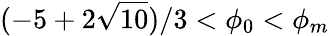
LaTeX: (-5+2\sqrt{10})/3<\phi_{0}<\phi_{m}